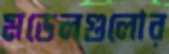
মডেলগুলোর